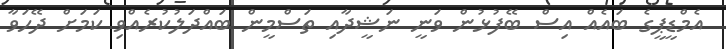
އެމްޑީޕީގެ ބައެއް އިސް ބޭފުޅުން ވަނީ ނަޝީދާއި ތަސްމީން ބައްދަލުކުރެއްވި ކަމަށް ދޭހަވާ